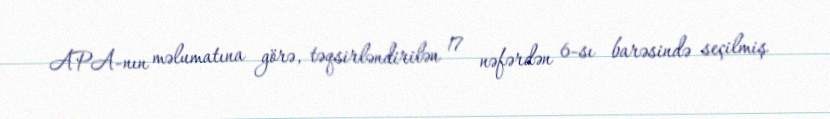
APA-nın məlumatına görə, təqsirləndirilən 17 nəfərdən 6-sı barəsində seçilmiş